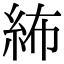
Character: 𥿠